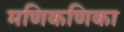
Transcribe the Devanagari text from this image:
मणिकणिका